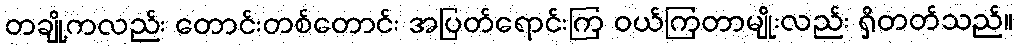
တချို့ကလည်း တောင်းတစ်တောင်း အပြတ်ရောင်းကြ ဝယ်ကြတာမျိုးလည်း ရှိတတ်သည်။